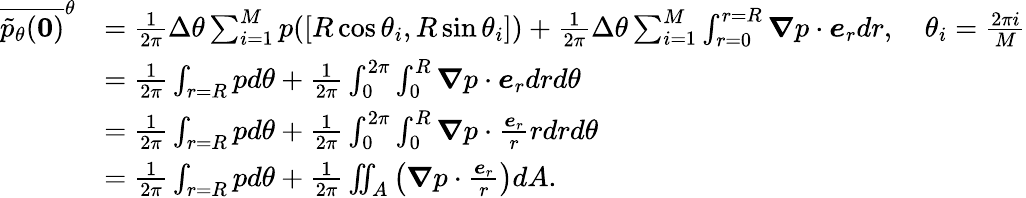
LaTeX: \begin{array}{rl}{\overline{{\tilde{p}_{\theta}(\boldsymbol{0})}}^{\theta}}&{=\frac{1}{2\pi}\Delta\theta\sum_{i=1}^{M}p([R\cos\theta_{i},R\sin\theta_{i}])+\frac{1}{2\pi}\Delta\theta\sum_{i=1}^{M}\int_{r=0}^{r=R}\boldsymbol{\nabla}p\cdot\boldsymbol{e}_{r}dr,\quad\theta_{i}=\frac{2\pi i}{M}}\\ &{=\frac{1}{2\pi}\int_{r=R}pd\theta+\frac{1}{2\pi}\int_{0}^{2\pi}\int_{0}^{R}\boldsymbol{\nabla}p\cdot\boldsymbol{e}_{r}drd\theta}\\ &{=\frac{1}{2\pi}\int_{r=R}pd\theta+\frac{1}{2\pi}\int_{0}^{2\pi}\int_{0}^{R}\boldsymbol{\nabla}p\cdot\frac{\boldsymbol{e}_{r}}{r}rdrd\theta}\\ &{=\frac{1}{2\pi}\int_{r=R}pd\theta+\frac{1}{2\pi}\iint_{A}\left(\boldsymbol{\nabla}p\cdot\frac{\boldsymbol{e}_{r}}{r}\right)dA.}\end{array}